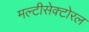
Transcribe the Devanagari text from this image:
मल्टीसेक्टोरल